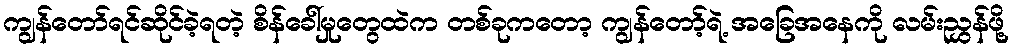
ကျွန်တော်ရင်ဆိုင်ခဲ့ရတဲ့ စိန်ခေါ်မှုတွေထဲက တစ်ခုကတော့ ကျွန်တော့်ရဲ့ အခြေအနေကို လမ်းညွှန်ဖို့